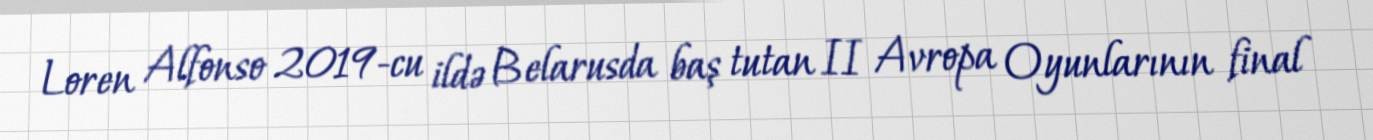
Loren Alfonso 2019-cu ildə Belarusda baş tutan II Avropa Oyunlarının final